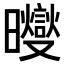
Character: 𪱓